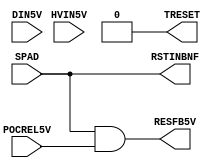
/********************************************************************************/
/* Date		: 2010/07/27							*/
/* Revision	: 1.00								*/
/* Designer	: T.Tsunoda							*/
/* Note		: Reset buffer use to make RTBFG.				*/
/********************************************************************************/
/* Date		: 2010/08/20							*/
/* Revision	: 1.01								*/
/* Designer	: T.Tsunoda							*/
/* Note		: TRESETICE0TRESETN/F	*/
/*		: ICEICE MacroN/F	*/
/*		: N/FDelayICE	*/
/*		: Serial Programming Mode	*/
/*		: Macro(TRESET=0)	*/
/********************************************************************************/

module QID04005_ICE ( RSTINBNF, RESFB5V, TRESET, DIN5V, POCREL5V, SPAD, HVIN5V );

	output	RSTINBNF;	// Reset		| =TERRESB
	output	RESFB5V;	// Reset(0:Reset)	| ~(TERRESB & POCRESB) (=RTBFG)
	output	TRESET;		// Reset	| =~TERRESB              ^^^^^
	input	DIN5V;		// 			| (<-pulldown)
	input	POCREL5V;	// POC(5V)	| (<-ice.resctl(POCRESB))
	input	SPAD;		// Reset		| (<-ice.resctl(TERRESB))
	input	HVIN5V;		// 			| (<-pulldown)


	assign	RSTINBNF = SPAD;
	assign	RESFB5V = RSTINBNF & POCREL5V;
//	assign	TRESET = ~SPAD;	// [V1.01]
	assign	TRESET = 1'b0;	// [V1.01]

endmodule